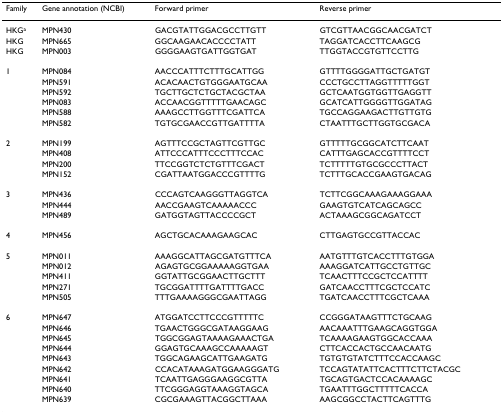
<table><thead><tr><td><b>Family</b></td><td><b>Gene annotation (NCBI)</b></td><td><b>Forward primer</b></td><td><b>Reverse primer</b></td></tr></thead><tbody><tr><td>HKG<sup>a</sup></td><td>MPN430</td><td>GACGTATTGGACGCCTTGTT</td><td>GTCGTTAACGGCAACGATCT</td></tr><tr><td>HKG</td><td>MPN665</td><td>GGCAAGAACACCCCTATT</td><td>TAGGATCACCTTCAAGCG</td></tr><tr><td>HKG</td><td>MPN003</td><td>GGGGAAGTGATTGGTGAT</td><td>TTGGTACCGTGTTCCTTG</td></tr><tr><td>1</td><td>MPN084</td><td>AACCCATTTCTTTGCATTGG</td><td>GTTTTGGGGATTGCTGATGT</td></tr><tr><td></td><td>MPN591</td><td>ACACAACTGTGGGAATGCAA</td><td>CCCTGCCTTAGGTTTTTGGT</td></tr><tr><td></td><td>MPN592</td><td>TGCTTGCTCTGCTACGCTAA</td><td>GCTCAATGGTGGTTGAGGTT</td></tr><tr><td></td><td>MPN083</td><td>ACCAACGGTTTTTGAACAGC</td><td>GCATCATTGGGGTTGGATAG</td></tr><tr><td></td><td>MPN588</td><td>AAAGCCTTGGTTTCGATTCA</td><td>TGCCAGGAAGACTTGTTGTG</td></tr><tr><td></td><td>MPN582</td><td>TGTGCGAACCGTTGATTTTA</td><td>CTAATTTGCTTGGTGCGACA</td></tr><tr><td>2</td><td>MPN199</td><td>AGTTTCCGCTAGTTCGTTGC</td><td>GTTTTTGCGGCATCTTCAAT</td></tr><tr><td></td><td>MPN408</td><td>ATTCCCATTTCCCTTTCCAC</td><td>CATTTGAGCACCGTTTTCCT</td></tr><tr><td></td><td>MPN200</td><td>TTCCGGTCTCTGTTTCGACT</td><td>TCTTTTTGTGCGCCCTTACT</td></tr><tr><td></td><td>MPN152</td><td>CGATTAATGGACCCGTTTTG</td><td>TCTTTGCACCGAAGTGACAG</td></tr><tr><td>3</td><td>MPN436</td><td>CCCAGTCAAGGGTTAGGTCA</td><td>TCTTCGGCAAAGAAAGGAAA</td></tr><tr><td></td><td>MPN444</td><td>AACCGAAGTCAAAAACCC</td><td>GAAGTGTCATCAGCAGCC</td></tr><tr><td></td><td>MPN489</td><td>GATGGTAGTTACCCCGCT</td><td>ACTAAAGCGGCAGATCCT</td></tr><tr><td>4</td><td>MPN456</td><td>AGCTGCACAAAGAAGCAC</td><td>CTTGAGTGCCGTTACCAC</td></tr><tr><td>5</td><td>MPN011</td><td>AAAGGCATTAGCGATGTTTCA</td><td>AATGTTTGTCACCTTTGTGGA</td></tr><tr><td></td><td>MPN012</td><td>AGAGTGCGGAAAAAGGTGAA</td><td>AAAGGATCATTGCCTGTTGC</td></tr><tr><td></td><td>MPN411</td><td>GGTATTGCGGAACTTGCTTT</td><td>TCAACTTTCCGCTCCATTTT</td></tr><tr><td></td><td>MPN271</td><td>TGCGGATTTTGATTTTGACC</td><td>GATCAACCTTTCGCTCCATC</td></tr><tr><td></td><td>MPN505</td><td>TTTGAAAAGGGCGAATTAGG</td><td>TGATCAACCTTTCGCTCAAA</td></tr><tr><td>6</td><td>MPN647</td><td>ATGGATCCTTCCCGTTTTTC</td><td>CCGGGATAAGTTTCTGCAAG</td></tr><tr><td></td><td>MPN646</td><td>TGAACTGGGCGATAAGGAAG</td><td>AACAAATTTGAAGCAGGTGGA</td></tr><tr><td></td><td>MPN645</td><td>TGGCGGAGTAAAAGAAACTGA</td><td>TCAAAAGAAGTGGCACCAAA</td></tr><tr><td></td><td>MPN644</td><td>GGAGTGCAAAGCCAAAAAGT</td><td>CTTCACCACTGCCAACAATG</td></tr><tr><td></td><td>MPN643</td><td>TGGCAGAAGCATTGAAGATG</td><td>TGTGTGTATCTTTCCACCAAGC</td></tr><tr><td></td><td>MPN642</td><td>CCACATAAAGATGGAAGGGATG</td><td>TCCAGTATATTCACTTTCTTCTACGC</td></tr><tr><td></td><td>MPN641</td><td>TCAATTGAGGGAAGGCGTTA</td><td>TGCAGTGACTCCACAAAAGC</td></tr><tr><td></td><td>MPN640</td><td>TTCGGGAGGTAAAGGTAGCA</td><td>TGAATTTGGCTTTTTCACCA</td></tr><tr><td></td><td>MPN639</td><td>CGCGAAAGTTACGGCTTAAA</td><td>AAGCGGCCTACTTCAGTTTG</td></tr></tbody></table>